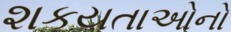
શકયતાઓનો